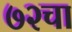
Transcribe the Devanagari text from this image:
७२चा